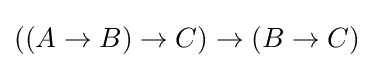
((A\to B)\to C)\to (B\to C)